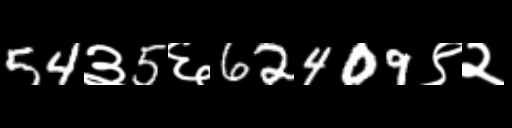
Text: 54३5६62409९२